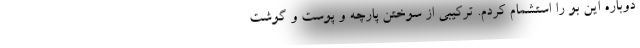
دوباره این بو را استشمام کردم. ترکیبی از سوختن پارچه و پوست و گوشت